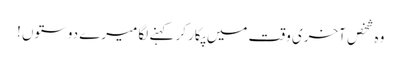
وہ شخص آخری وقت میں پکار کر کہنے لگا میرے دوستوں !